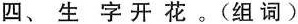
四、生字开花。（组词）